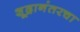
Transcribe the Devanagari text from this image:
शूद्रानंतरचा